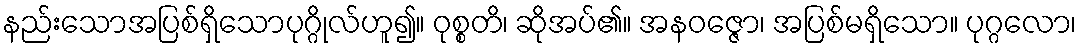
နည်းသောအပြစ်ရှိသောပုဂ္ဂိုလ်ဟူ၍။ ဝုစ္စတိ၊ ဆိုအပ်၏။ အနဝဇ္ဇော၊ အပြစ်မရှိသော။ ပုဂ္ဂလော၊